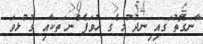
ާނގޮތު ަގއި ިނދު ުމ ެގ ހުވަފެ ްނ ަތކާއި ގު ުޅވަ